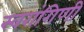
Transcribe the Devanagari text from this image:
स्वरांगिणी